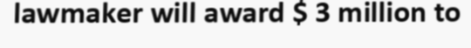
lawmaker will award $ 3 million to